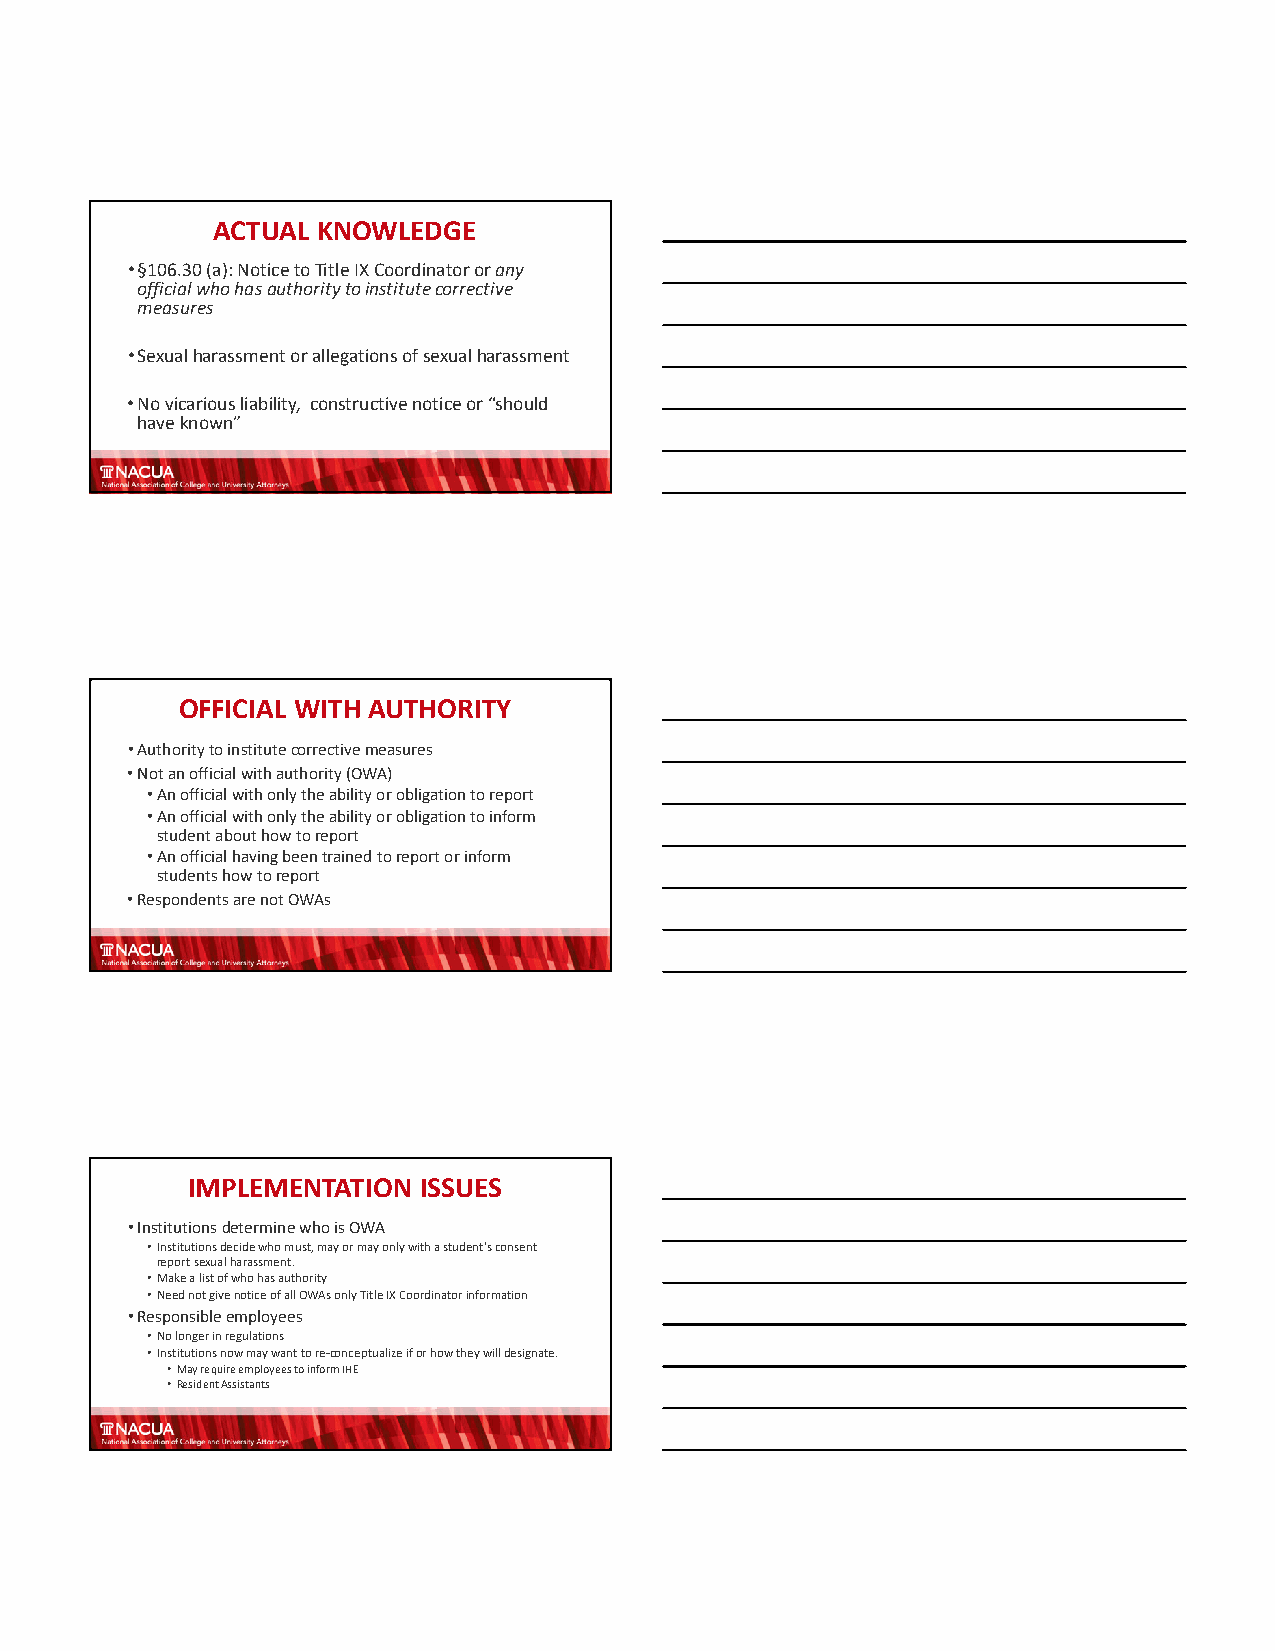
ACTUAL KNOWLEDGE
 •§106.30 (a): Notice to Title IX Coordinator or any
 official who has authority to institute corrective
 measures
 •Sexual harassment or allegations of sexual harassment
 •No vicarious liability, constructive notice or “should
 have known”
 OFFICIAL WITH AUTHORITY
 •Authority to institute corrective measures
 •Not an official with authority (OWA)
 •An official with only the ability or obligation to report
 •An official with only the ability or obligation to inform
 student about how to report
 •An official having been trained to report or inform
 students how to report
 •Respondents are not OWAs
 IMPLEMENTATION  ISSUES
 •Institutions determine who is OWA
 •Institutions decide who must, may or may only with a student’s consent
 report sexual harassment.
 •Make a list of who has authority
 •Need not give notice of all OWAs only Title IX Coordinator information
 •Responsible employees
 •No longer in regulations
 •Institutions now may want to re‐conceptualize if or how they will designate.
 •May require employees to inform IHE
 •Resident Assistants